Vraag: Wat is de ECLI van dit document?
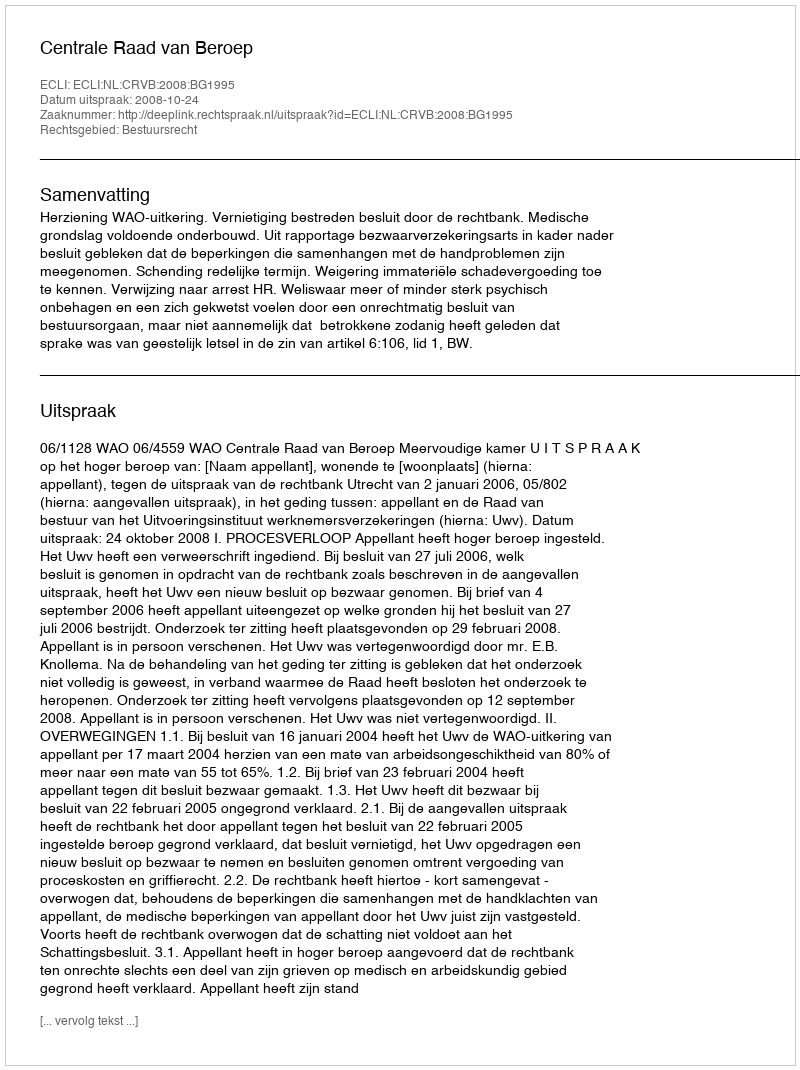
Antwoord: ECLI:NL:CRVB:2008:BG1995